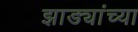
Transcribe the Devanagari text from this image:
झाड्यांच्या